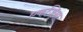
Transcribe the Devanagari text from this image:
एकजिमा